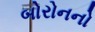
બોરોનનો